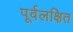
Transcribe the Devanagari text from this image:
पूर्वलक्षित